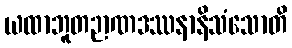
ယထာဘူတဉာဏဒဿနာနိသံသောတိ